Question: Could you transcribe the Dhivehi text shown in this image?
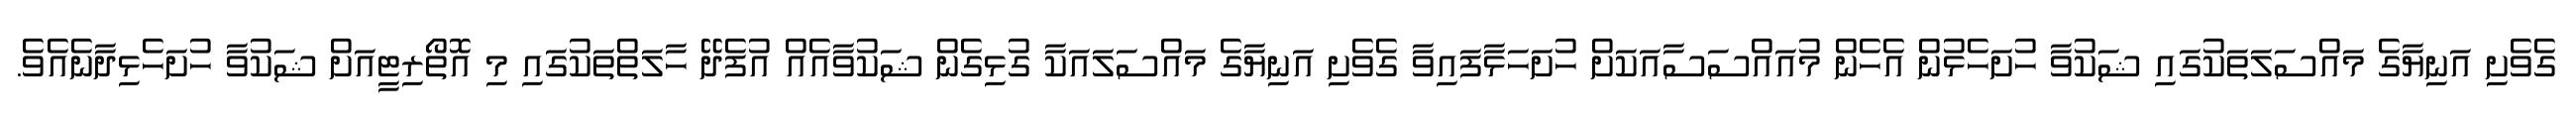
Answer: ގެވެށި އަނިޔާގެ މައްސަލަތަކުގައި ޝަކުވާ ހުށަހެޅުން އެހެން މުއައްސަސާއަކަށް ހުށަހަޅާފައިވާ ގެވެށި އަނިޔާގެ މައްސަލައަކާ ގުޅިގެން ޝަކުވާއެއް އުފެދޭ ހާލަތްތަކުގައި މި އޮތޯރިޓީއަށް ޝަކުވާ ހުށަހެޅިދާނެއެވެ.